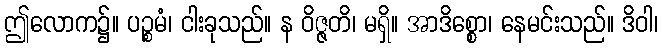
ဤလောက၌။ ပဉ္စမံ၊ ငါးခုသည်။ န ဝိဇ္ဇတိ၊ မရှိ။ အာဒိစ္စော၊ နေမင်းသည်။ ဒိဝါ၊